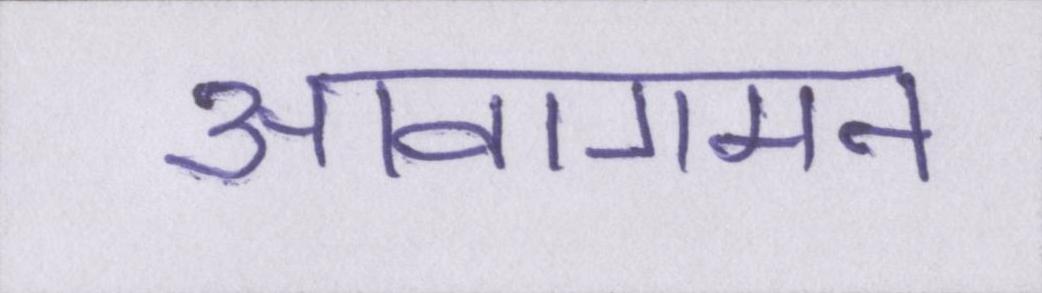
आवागमन